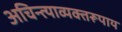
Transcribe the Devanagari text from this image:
अचिन्त्याव्यक्तरूपाय